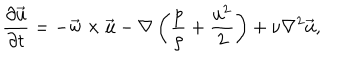
{ \frac { \partial \vec { \mathrm { u } } } { \partial t } } = - \vec { \mathrm { w } } \times \vec { \mathrm { u } } - \nabla \left( { \frac { p } { \rho } } + { \frac { \mathrm { u } ^ { 2 } } { 2 } } \right) + \nu \nabla ^ { 2 } \vec { \mathrm { u } } ,